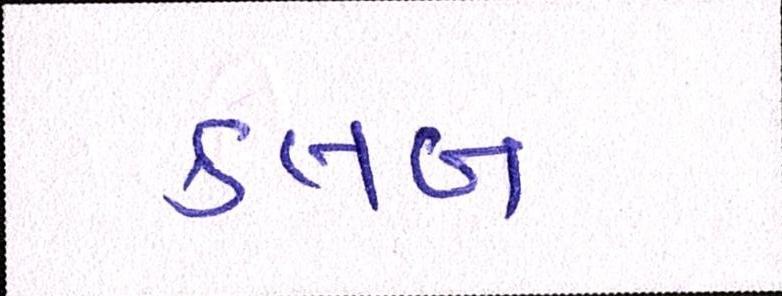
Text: ક્લબ